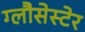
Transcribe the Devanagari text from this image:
ग्लौसेस्टेर